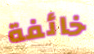
خائفة